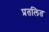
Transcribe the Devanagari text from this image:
प्रतलित